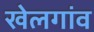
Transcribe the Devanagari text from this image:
खेलगांव